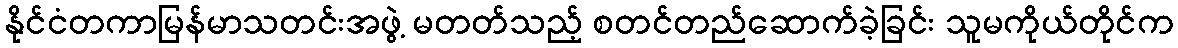
နိုင်ငံတကာမြန်မာသတင်းအဖွဲ့ မတတ်သည့် စတင်တည်ဆောက်ခဲ့ခြင်း သူမကိုယ်တိုင်က